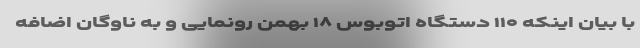
با بیان اینکه ۱۱۰ دستگاه اتوبوس ۱۸ بهمن رونمایی و به ناوگان اضافه